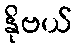
နိုဗယ်